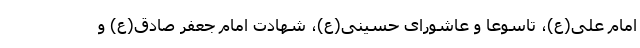
امام علی(ع)، تاسوعا و عاشورای حسینی(ع)، شهادت امام جعفر صادق(ع) و